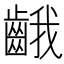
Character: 𪘐